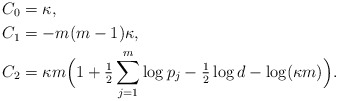
\begin{align*} C_0 &= \kappa,\\ C_1 &= -m(m-1) \kappa,\\ C_2 &= \kappa m\Big(1+\tfrac{1}{2}\sum_{j=1}^{m} \log p_j-\tfrac{1}{2}\log d -\log(\kappa m)\Big).\end{align*}